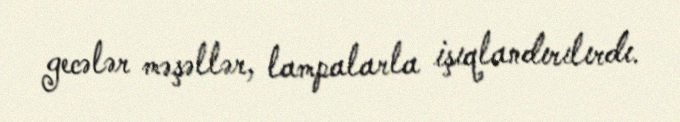
gecələr məşəllər, lampalarla işıqlandırılırdı.